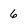
Character: 6